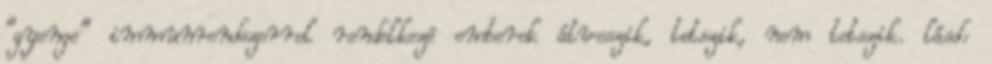
"gyenge" immunrendszerrel rendelkezõ emberek átveszik, tetszik, nem tetszik. lásd: